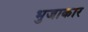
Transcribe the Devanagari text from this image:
भुजाकार